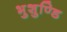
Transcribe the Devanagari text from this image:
भुशुण्डि